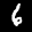
Label: 6